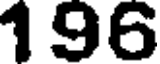
196